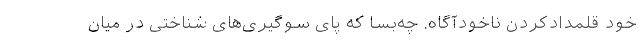
خود قلمداد‌کردنِ ناخودآگاه. چه‌بسا که پای سوگیری‌های شناختی در میان